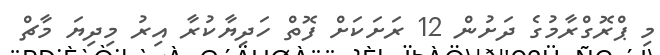
މި ޕްރޮގްރާމުގެ ދަށުން 12 ރަށަކަށް ފޮތް ހަދިޔާކުރާ އިރު މިދިޔަ މާޗް